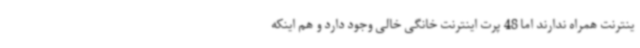
ینترنت همراه ندارند اما 48 پرت اینترنت خانگی خالی وجود دارد و هم اینکه